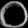
Digit: ၀